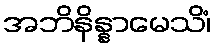
အဘိနိန္နာမေသိံ၊